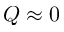
Q \approx 0